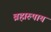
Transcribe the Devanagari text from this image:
ब्रह्मरुपाय